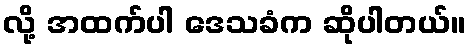
လို့ အထက်ပါ ဒေသခံက ဆိုပါတယ်။